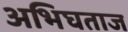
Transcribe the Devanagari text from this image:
अभिघताज